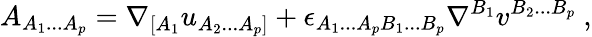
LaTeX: A_{A_{1}...A_{p}}=\nabla_{[A_{1}}u_{A_{2}...A_{p}]}+\epsilon_{A_{1}...A_{p}B_{1}...B_{p}}\nabla^{B_{1}}v^{B_{2}...B_{p}}\ ,